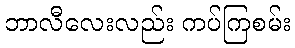
ဘာလီလေးလည်း ကပ်ကြစမ်း